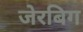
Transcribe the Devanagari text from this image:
जेरबिग